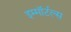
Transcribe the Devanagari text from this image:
इम्मॉर्टल्स